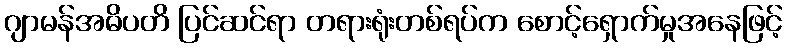
ဂျာမန်အဓိပတိ ပြင်ဆင်ရာ တရားရုံးတစ်ရပ်က စောင့်ရှောက်မှုအနေဖြင့်